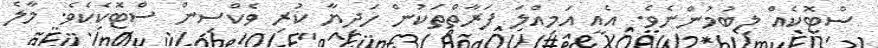
ސްޓޮކެއް ލިބުމުންނެވެ. އެއީ އަމިއްލަ ފަރާތްތަކުން ހަދިޔާ ކުރި ވެކްސިން ސްޓޮކެކެވެ. މާލެ